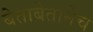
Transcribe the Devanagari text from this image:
बेताबेतानेच